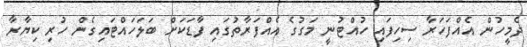
ދެމީހުން އެއްފަހަރާ ސިހިފައި ހުއްޓުނީ މަގުގެ އެއްފަރާތުގައި ފާޑަކަށް ބަލަހައްޓައިގެން ހުރި ކިޔާރާ